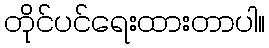
တိုင်ပင်ရေးထားတာပါ။